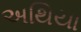
અથિયા